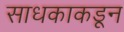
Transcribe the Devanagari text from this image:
साधकाकडून